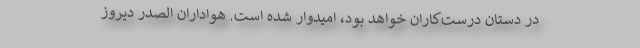
در دستان درست‌کاران خواهد بود، امیدوار شده است. هواداران الصدر دیروز